Report of an investigation into the causes of malaria in Bombay and the measures necessary for its control
Disease focus: Malaria
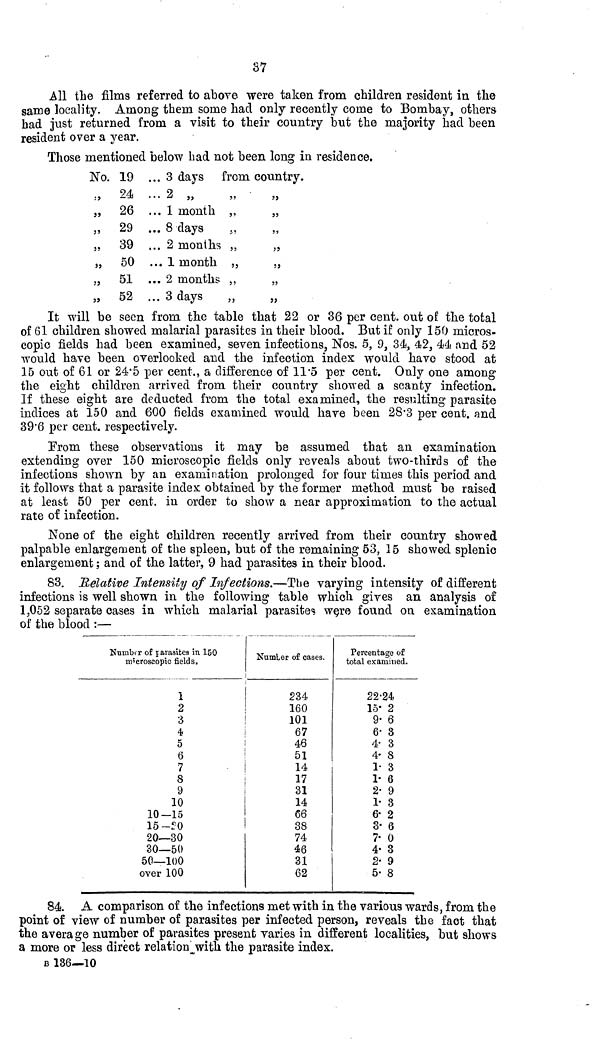
37
All the films referred to above were taken from children resident in the
same locality. Among them some had only recently come to Bombay, others
had just returned from a visit to their country but the majority had been
resident over a year.
Those mentioned below had not been long in residence.
No.
"
55
"
"
"
"
35
19
24
26
29
39
50
51
52
... 3
... 2
... 1
... 8
... 2
... 1
... 2
... 3
days from country.
55
"
"
month ,,
„
days
„
months ,,
„
month ,,
,,
months ,,
„
days
„
„
It will be seen from the table that 22 or 36 per cent. out of the total
of 61 children showed malarial parasites in their blood. But if only 150 micros-
copic fields had been examined, seven infections. Nos. 5, 9, 34, 42, 44 and 52
would have been overlooked and the infection index would have stood at
15 out of 61 or 24.5 per cent., a difference of 11.5 per cent. Only one among
the eight children arrived from their country showed a scanty infection.
If these eight are deducted from the total examined, the resulting parasite
indices at 150 and 600 fields examined would have been 28.3 per cent. and
39.6 per cent. respectively.
From these observations it may be assumed that an examination
extending over 150 microscopic fields only reveals about two-thirds of the
infections shown by an examination prolonged for four times this period and
it follows that a parasite index obtained by the former method must be raised
at least 50 per cent. in order to show a near approximation to the actual
rate of infection.
None of the eight children recently arrived from their country showed
palpable enlargement of the spleen, but of the remaining 53, 15 showed splenic
enlargement ; and of the latter, 9 had parasites in their blood.
83. Relative Intensity of Infections.—The varying intensity of different
infections is well shown in the following table which gives an analysis of
1.052 separate cases in which malarial parasites were found on examination
of the blood :—
Number of parasites in 150
microscopic fields.
1
2
3
4
5
6
7
S
9
10
10-15
15-50
20—30
30—50
50—100
over 100
Number of cases.
234
160
101
67
46
51
14
17
31
14
66
38
74
46
31
62
Percentage of
total examined.
22.24
15. 2
9.6
6.3
4. 3
4. 8
1. 3
1. 6
2. 9
1. 3
6. 2
3. 6
7. 0
4. 3
2. 9
5. 8
84. A comparison of the infections met with in the various wards, from the
point of view of number of parasites per infected person, reveals the fact that
the average number of parasites present varies in different localities, but shows
a more or less direct relation with the parasite index.
B 136—10